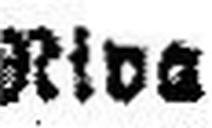
Riva